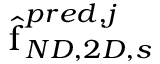
\hat { \boldsymbol { \mathrm { f } } } _ { N D , 2 D , s } ^ { p r e d , j }